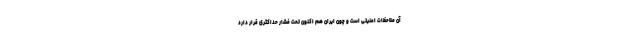
آن ملاحظات امنیتی است و چون ایران هم اکنون تحت فشار حداکثری قرار دارد